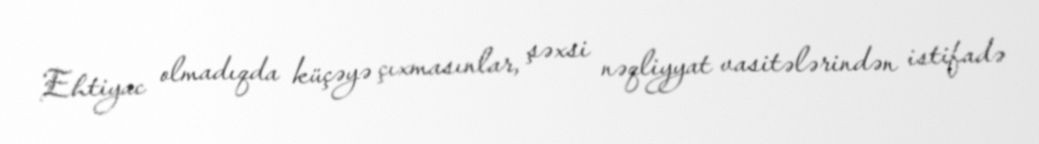
Ehtiyac olmadıqda küçəyə çıxmasınlar, şəxsi nəqliyyat vasitələrindən istifadə